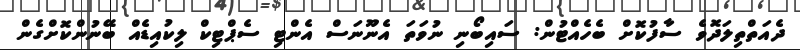
ދެއަތްތިލަދޮވެ ސާފުކޮށް ބެހެއްޓުން: ސައިބޯނި ނުވަތަ އެނޫނަސް އެންޓި ސެޕްޓިކް ލިކުއިޑެއް ބޭނުންކޮށްގެން